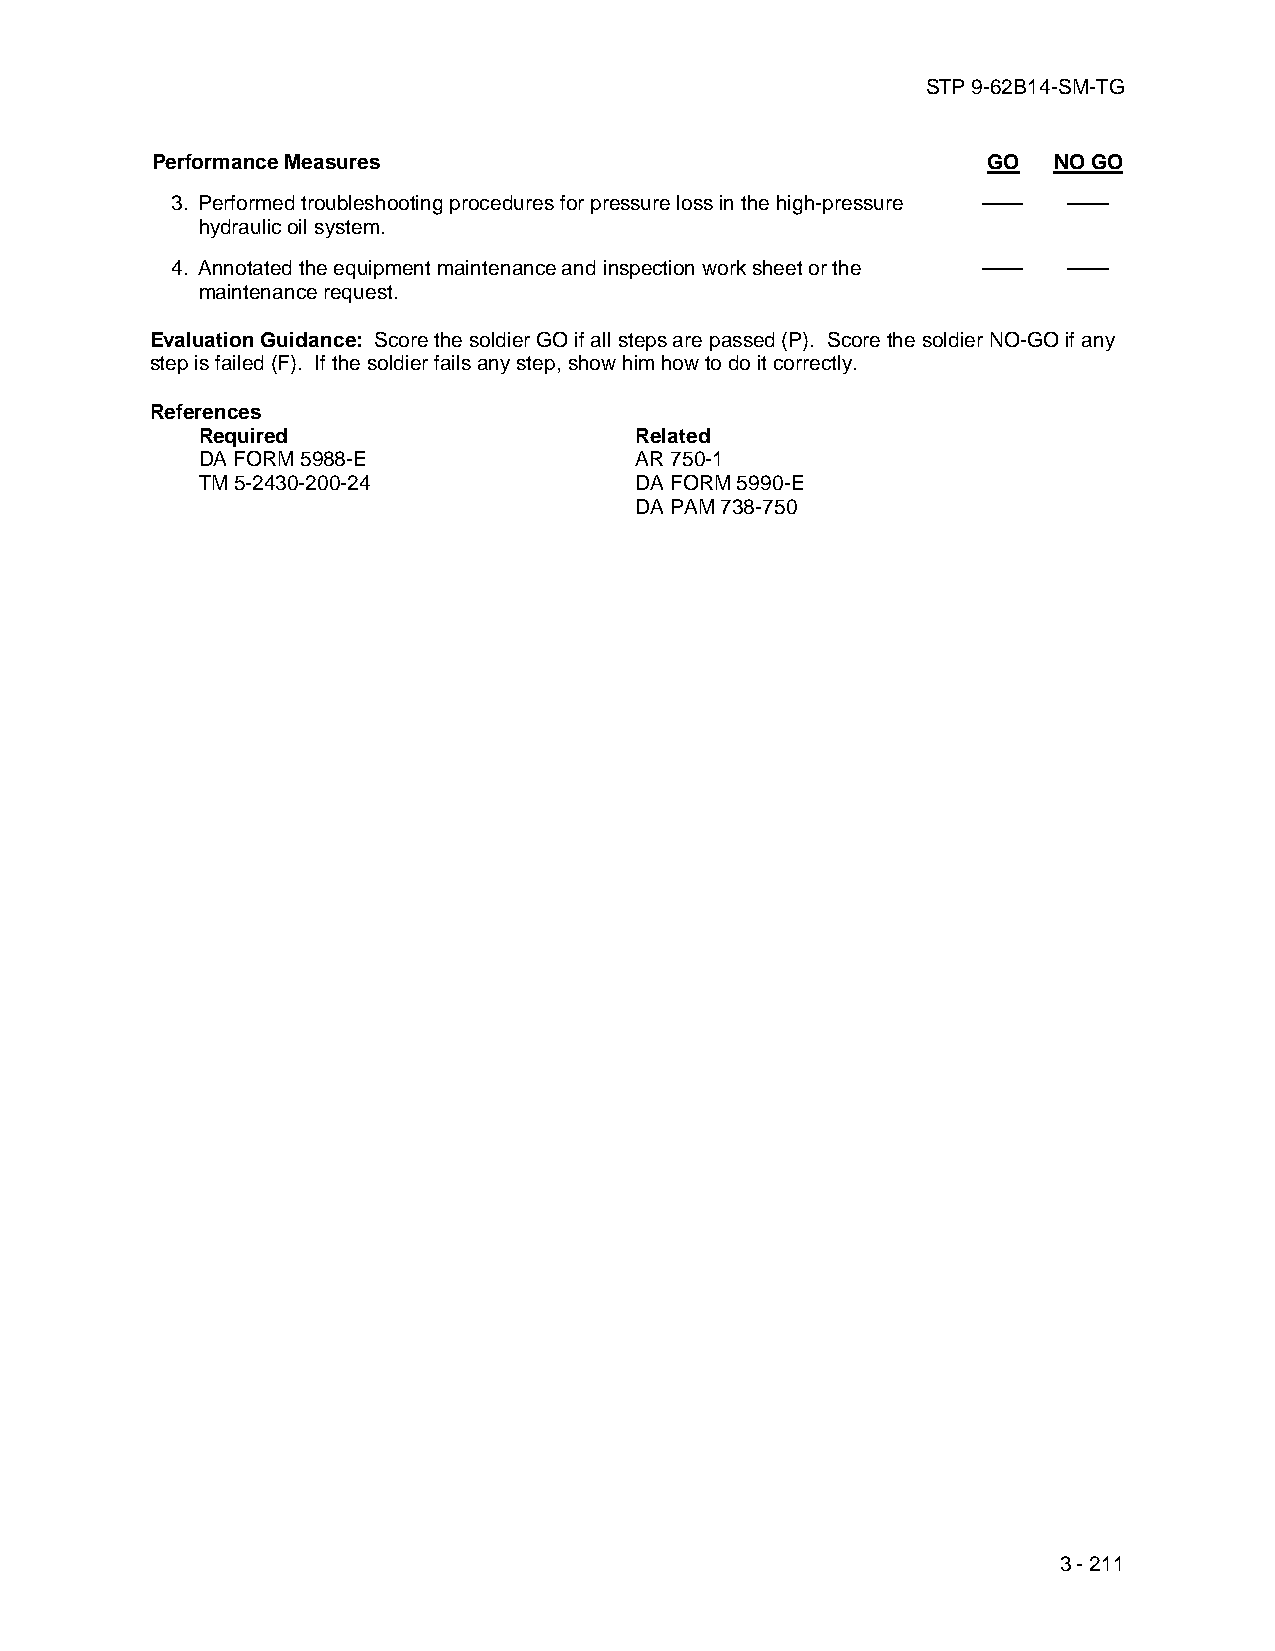
STP 9-62B14-SM-TG
 Performance Measures                                   GO   NO GO
 3. Performed troubleshooting procedures for pressure loss in the high-pressure —— ——
 hydraulic oil system.
 4. Annotated the equipment maintenance and inspection work sheet or the —— ——
 maintenance request.
 Evaluation Guidance: Score the soldier GO if all steps are passed (P). Score the soldier NO-GO if any
 step is failed (F). If the soldier fails any step, show him how to do it correctly.
 References
 Required                     Related
 DA FORM 5988-E               AR 750-1
 TM 5-2430-200-24             DA FORM 5990-E
 DA PAM 738-750
 3 - 211